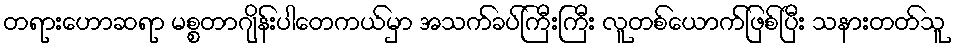
တရားဟောဆရာ မစ္စတာဂျိန်းပါတေကယ်မှာ အသက်ခပ်ကြီးကြီး လူတစ်ယောက်ဖြစ်ပြီး သနားတတ်သူ